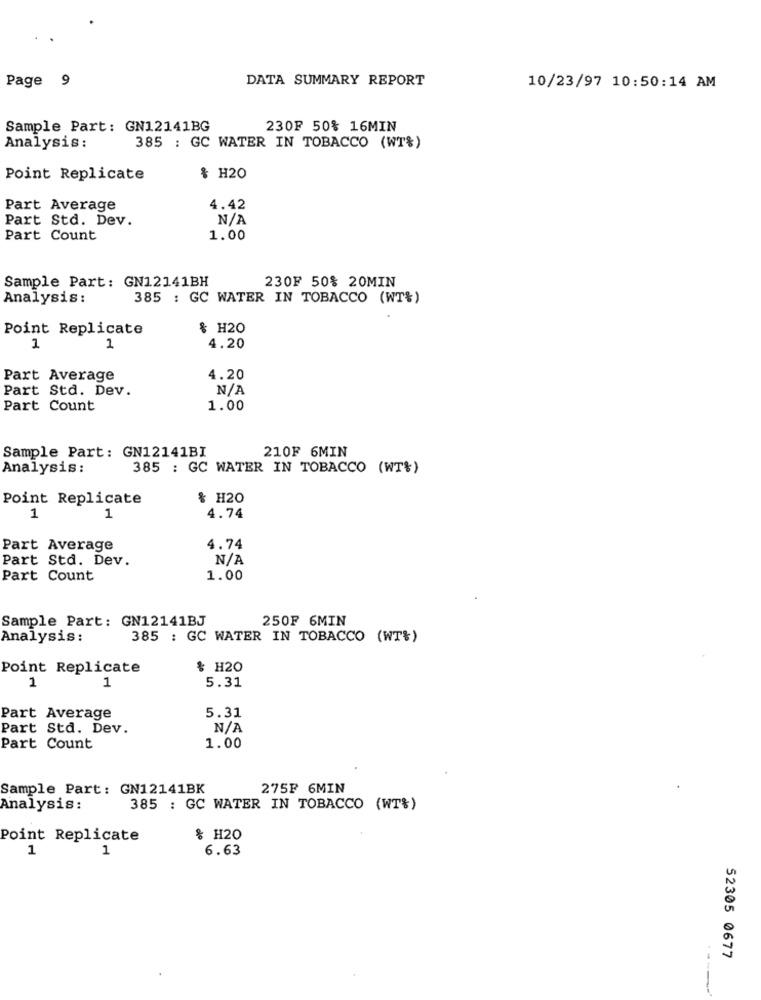
Page 9
DATA SUMMARY REPORT
10/23/97 10:50:14 AM
Sample Part: GN12141BG
230F 50% 16MIN
Analysis :
385 : GC WATER IN TOBACCO (WT%)
Point Replicate
& H20
Part Average
4.42
Part Std. Dev.
Part Count
1.00
230F 50% 20MIN
Sample Part: GN12141BH
Analysis:
385 : GC WATER IN TOBACCO (WT%)
Point Replicate
& H20
1
1
4.20
Part Average
4.20
Part Std. Dev.
Part Count
1.00
210F 6MIN
Sample Part: GN12141BI
Analysis :
385 : GC WATER IN TOBACCO (WT%)
Point Replicate
& H20
1
1
4.74
Part Average
4.74
Part Std. Dev.
Part Count
1.00
Sample Part: GN12141BJ
250F 6MIN
Analysis :
385 : GC WATER IN TOBACCO (WT%)
Point Replicate
$ H20
5.31
1
1
5.31
Part Average
Part Std. Dev.
Part Count
1.00
Sample Part: GN12141BK
275F 6MIN
Analysis:
385 : GC WATER IN TOBACCO (WT%)
Point Replicate
& H20
1
1
6.63
52305 0677